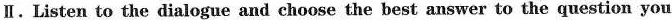
Ⅱ.Listen to the dialogue and choose the best answer to the question you